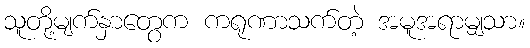
သူတို့မျက်နှာတွေက ကရုဏာသက်တဲ့ အမူအရာမျှသာ။